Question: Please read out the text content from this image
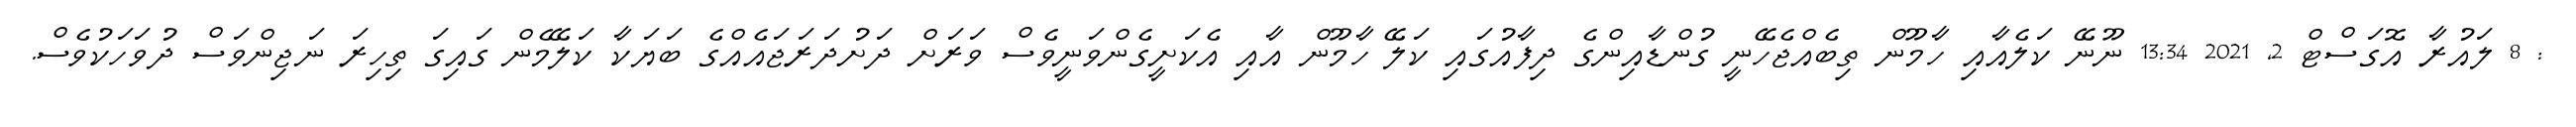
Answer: : 8 ލައުރާ އޮގަސްޓް 2, 2021 13:34 ނޫނޭ ކަލެއާއި ހާމޫން ތިބެއްޖެހޭނީ ގުންޑާއިންގެ ދިފާއުގައި ކަލޭ ހާމޫން އާއި އެކަށީގެންވަނީވެސް ވަރަށް ދަށުދަރަޖައެއްގެ ބަޔަކާ ކަލޭމެން ގައިގަ ތިހިރަ ނަޖިންވަސް ދުވަހަކުވެސް.